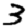
Digit: 3